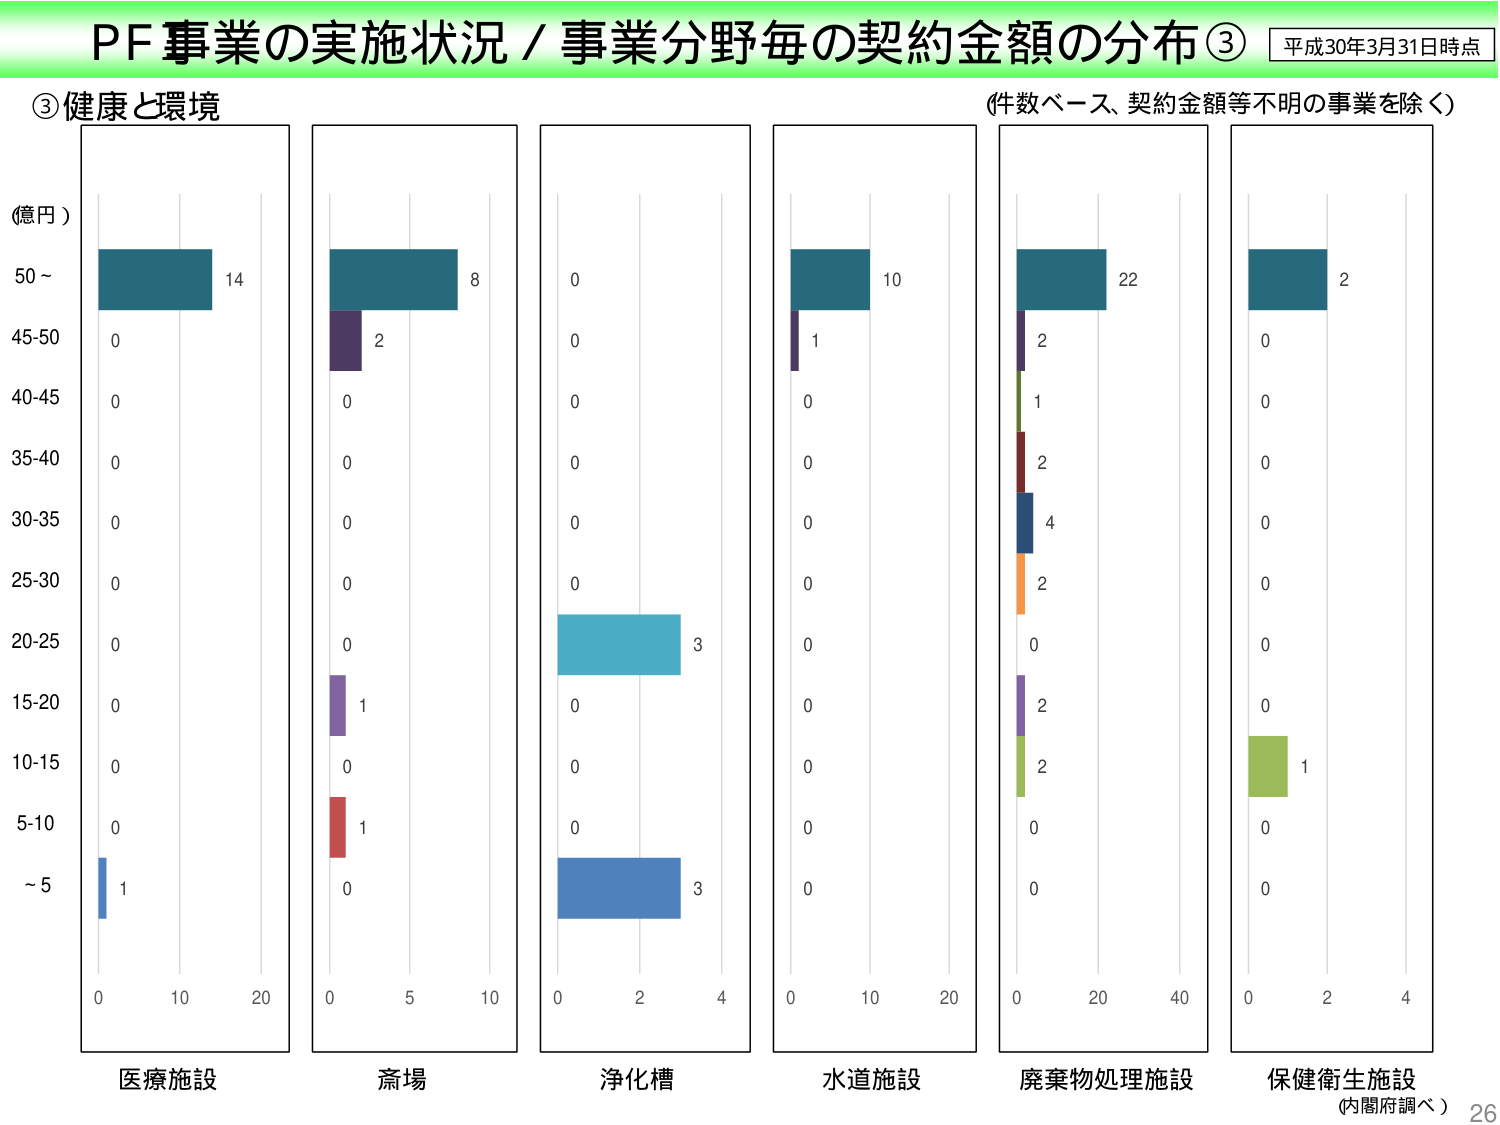
PF事業の実施状況／事業分野毎の契約金額の分布③ 平成30年3月31日時点
③健康と環境 （件数ベース、契約金額等不明の事業を除く）
（億円）
50～ 14
45-50 0
40-45 0
35-40 0
30-35 0
25-30 0
20-25 0
15-20 0
10-15 0
5-10 0
～5 1
医療施設
8
2
0
0
0
0
0
1
0
1
0
斎場
0
0
0
0
0
0
3
0
0
0
3
浄化槽
10
1
0
0
0
0
0
0
0
0
0
水道施設
22
2
1
2
4
2
0
2
2
0
0
廃棄物処理施設
2
0
0
0
0
0
0
0
0
1
保健衛生施設
（内閣府調べ） 26